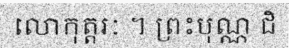
លោកុត្តរៈ ។ ព្រះបុណ្ណ ជិ